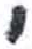
אות: י